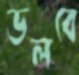
ডলবে